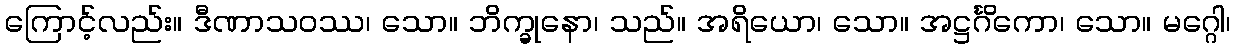
ကြောင့်လည်း။ ဒီဏာသဝဿ၊ သော။ ဘိက္ခုနော၊ သည်။ အရိယော၊ သော။ အဋ္ဌင်္ဂိကော၊ သော။ မဂ္ဂေါ၊